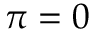
\pi = 0